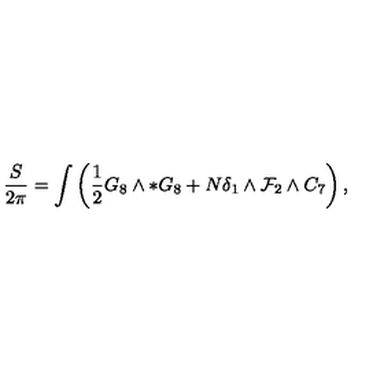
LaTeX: \frac { S } { 2 \pi } = \int \left( \frac { 1 } { 2 } G _ { 8 } \wedge * G _ { 8 } + N \delta _ { 1 } \wedge { \cal F } _ { 2 } \wedge C _ { 7 } \right) ,